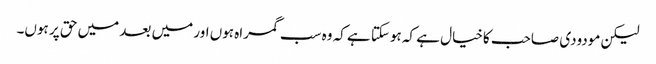
لیکن مودودی صاحب کاخیال ہے کہ ہوسکتا ہے کہ وہ سب گمراہ ہوں اور میں بعد میں حق پر ہوں۔